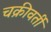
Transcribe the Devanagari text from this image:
चक्रीवर्ती